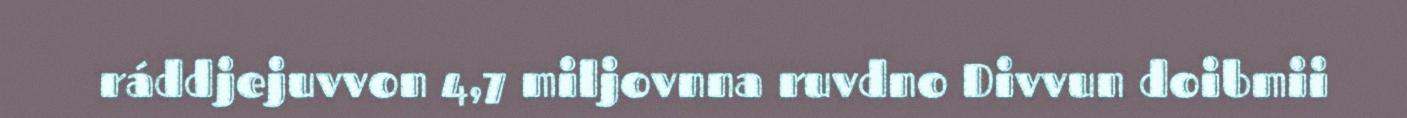
ráddjejuvvon 4,7 miljovnna ruvdno Divvun doibmii